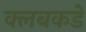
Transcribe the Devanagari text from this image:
क्लबकडे